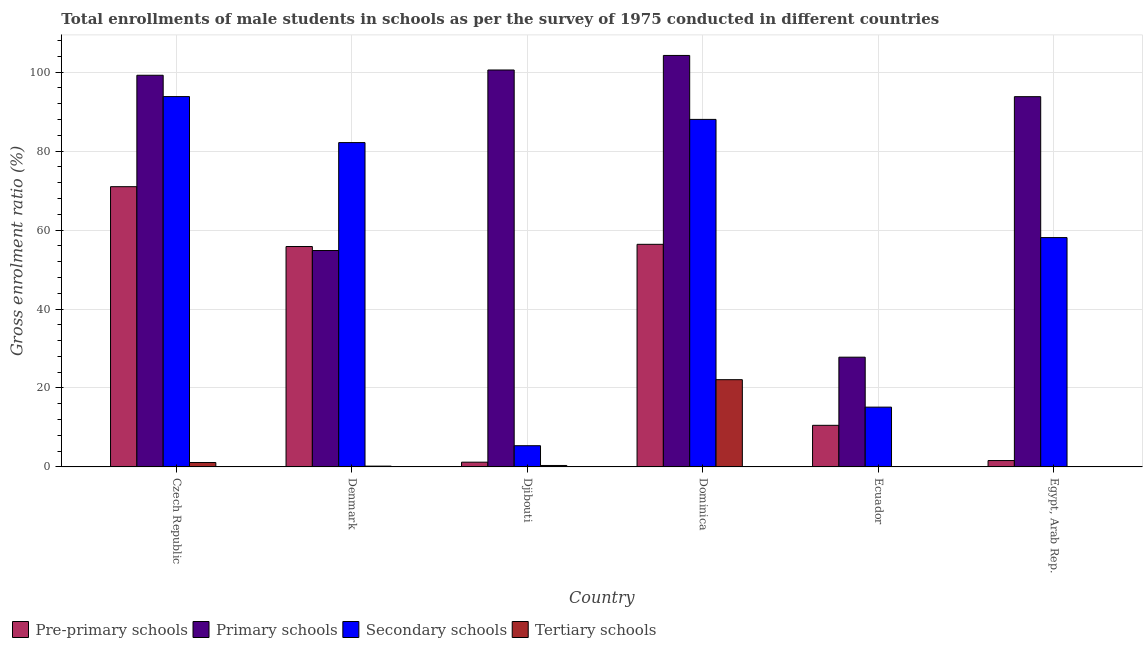
| Country | Pre-primary schools | Primary schools | Secondary schools | Tertiary schools |
 | --- | --- | --- | --- | --- |
 | Czech Republic | 71 | 99.2 | 93.8 | 1.12 |
 | Denmark | 55.8 | 54.8 | 82.2 | 0.207 |
 | Djibouti | 1.2 | 101 | 5.37 | 0.369 |
 | Dominica | 56.4 | 104 | 88 | 22.1 |
 | Ecuador | 10.5 | 27.8 | 15.1 | 0.0413 |
 | Egypt, Arab Rep. | 1.61 | 93.8 | 58.1 | 0.0541 |